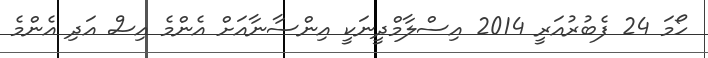
ހޯމަ 24 ފެބުރުއަރީ 2014 އިސްލާމްދީނަކީ އިންސާނާއަށް އެންމެ އިސް އަދި އެންމެ